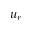
u _ { r }